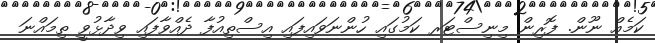
ކަމެއް ނޫން. ފޮރިން މިނިސްޓަރ ކަމުގައި ހުންނަވައިފައި އިސްތިއުފާ ދެއްވާފައި ވިދާޅުވީ ތިމައްނަ